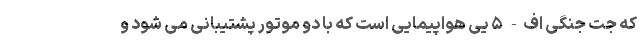
که جت جنگی اف- ۵ یی هواپیمایی است که با دو موتور پشتیبانی می شود و